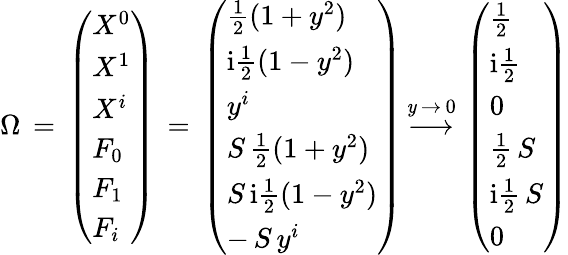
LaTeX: \Omega\, =\, \left(\begin{array}{l}{{X^{0}}}\\ {{X^{1}}}\\ {{X^{i}}}\\ {{F_{0}}}\\ {{F_{1}}}\\ {{F_{i}}}\end{array}\right)\, =\, \left(\begin{array}{l}{{\frac{1}{2}(1+y^{2})}}\\ {{\mathrm{i}\frac{1}{2}(1-y^{2})}}\\ {{y^{i}}}\\ {{S\, \frac{1}{2}(1+y^{2})}}\\ {{S\, \mathrm{i}\frac{1}{2}(1-y^{2})}}\\ {{-\, S\, y^{i}}}\end{array}\right)\, {\stackrel{\mathit{y}\, \to\, 0}{\longrightarrow}}\, \left(\begin{array}{l}{{\frac{1}{2}}}\\ {{\mathrm{i}\frac{1}{2}}}\\ {{0}}\\ {{\frac{1}{2}\, S}}\\ {{\mathrm{i}\frac{1}{2}\, S}}\\ {{0}}\end{array}\right)